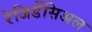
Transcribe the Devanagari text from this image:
रेजिडेंसिअल